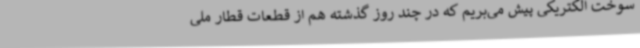
سوخت الکتریکی پیش می‌بریم که در چند روز گذشته هم از قطعات قطار ملی